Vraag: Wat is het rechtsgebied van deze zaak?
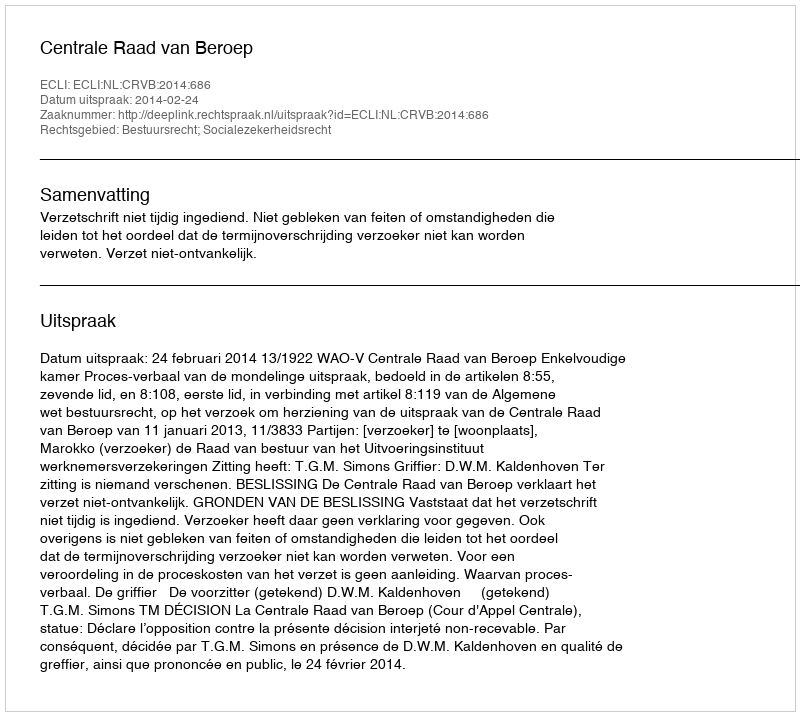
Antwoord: Bestuursrecht; Socialezekerheidsrecht